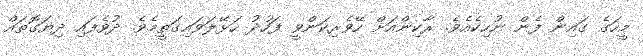
މީހަގެ ގައިން ފެން ނުހިކެއެވެ. ރާކިންއަށް ހޭވެރިކަންވީ ފަހުދު ހަޅޭލަވައިގަތީމެވެ. ދުވެފައި ދިޔަގޮތައް